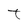
Character: t